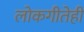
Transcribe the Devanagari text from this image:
लोकगीतेही